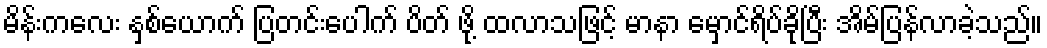
မိန်းကလေး နှစ်ယောက် ပြတင်းပေါက် ပိတ် ဖို့ ထလာသဖြင့် မာနာ မှောင်ရိပ်ခိုပြီး အိမ်ပြန်လာခဲ့သည်။